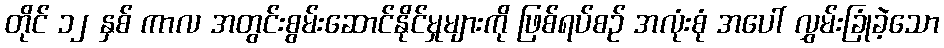
တိုင် ၁၂ နှစ် ကာလ အတွင်းစွမ်းဆောင်နိုင်မှုများကို ဖြစ်ရပ်စဉ် အလုံးစုံ အပေါ် လွှမ်းခြုံခဲ့သော